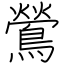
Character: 鶯